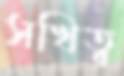
সখিত্ব